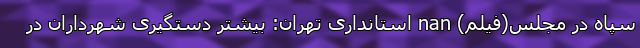
سپاه در مجلس(فیلم) nan استانداری تهران: بیشتر دستگیری شهرداران در